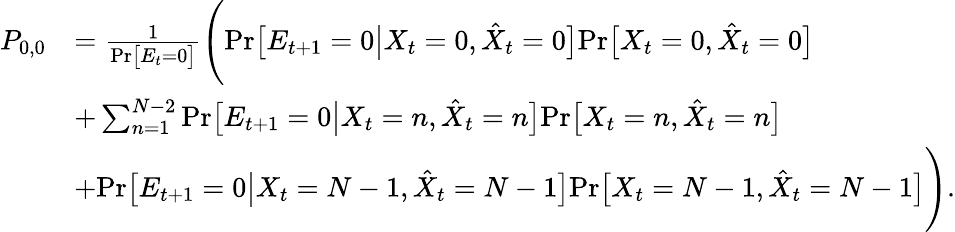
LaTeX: \begin{array}{rl}{P_{0,0}}&{=\frac{1}{\mathrm{Pr}\big[E_{t}=0\big]}\Bigg(\mathrm{Pr}\big[E_{t+1}=0\big|X_{t}=0,\hat{X}_{t}=0\big]\mathrm{Pr}\big[X_{t}=0,\hat{X}_{t}=0\big]}\\ &{+\sum_{n=1}^{N-2}\mathrm{Pr}\big[E_{t+1}=0\big|X_{t}=n,\hat{X}_{t}=n\big]\mathrm{Pr}\big[X_{t}=n,\hat{X}_{t}=n\big]}\\ &{+\mathrm{Pr}\big[E_{t+1}=0\big|X_{t}=N-1,\hat{X}_{t}=N-1\big]\mathrm{Pr}\big[X_{t}=N-1,\hat{X}_{t}=N-1\big]\Bigg).}\end{array}